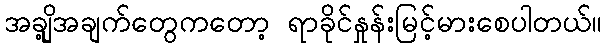
အချို့အချက်တွေကတော့ ရာခိုင်နှုန်းမြင့်မားစေပါတယ်။